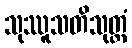
သုဿူသတိသုတ္တံ